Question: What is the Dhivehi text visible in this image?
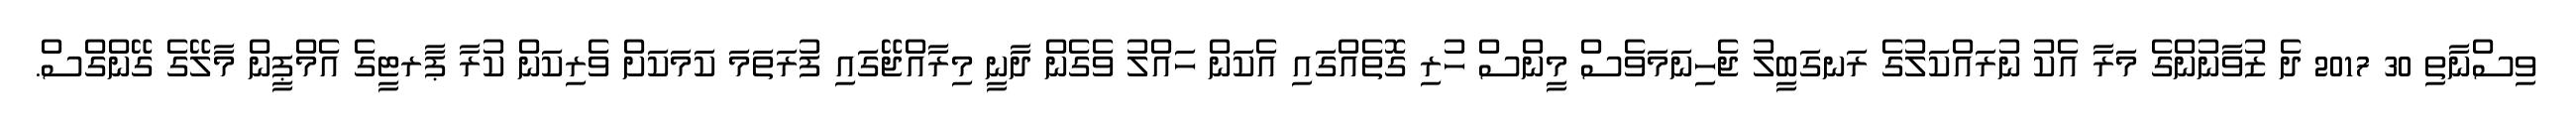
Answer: ވިސްނާތި 30 2017 ދެ ޒުވާނުންގެ މަރާ އެކު ނުރައްކަލުގެ ރަނގަބީލު ޖެހިނަމަވެސް މީންސް ހުރި ގޮތެއްގައި އެކަން ހައްލު ވެގެން ދާނީ މިރާއްޖޭގައި ފުރަތަމަ ކަމަކަށް ވެރިކަން ކުރާ ޕާރޓީގެ އެމްޕީން މާލޭގެ ގޭންގްސް.